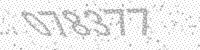
Solution: 078377